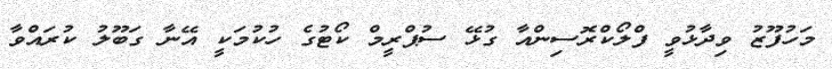
މަހުފޫޒު ވިދާޅުވީ ފްލޯކްރޮސިންއާ ގުޅޭ ސުޕްރީމް ކޯޓުގެ ހުކުމަކީ އޭނާ ގަބޫލު ކުރައްވާ